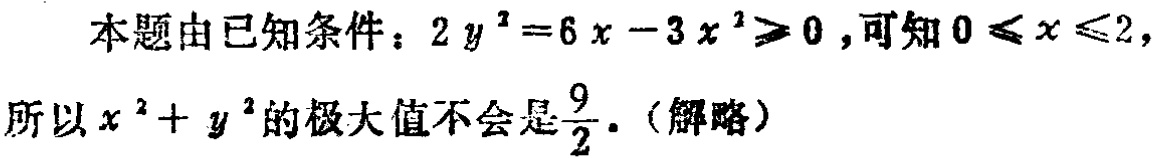
本题由已知条件：$2y^{2}=6x - 3x^{2}\geqslant0$，可知$0\leqslant x\leqslant2$，

所以$x^{2}+y^{2}$的极大值不会是$\frac{9}{2}$.（解略）